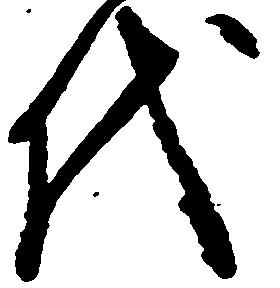
代